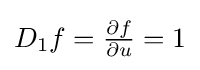
{\textstyle D_{1}f={\frac {\partial f}{\partial u}}=1}